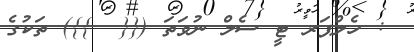
: ހެލްޕަރ ޓީ ސެލް ނުވަތަ ({{  }}) ތަކުގެ